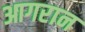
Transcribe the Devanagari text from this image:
आगरान